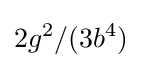
2g^{2}/(3b^{4})